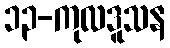
၁၃-ကုလဒူသန